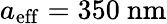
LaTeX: {a_{\mathrm{eff}}=350\ \mathrm{nm}}